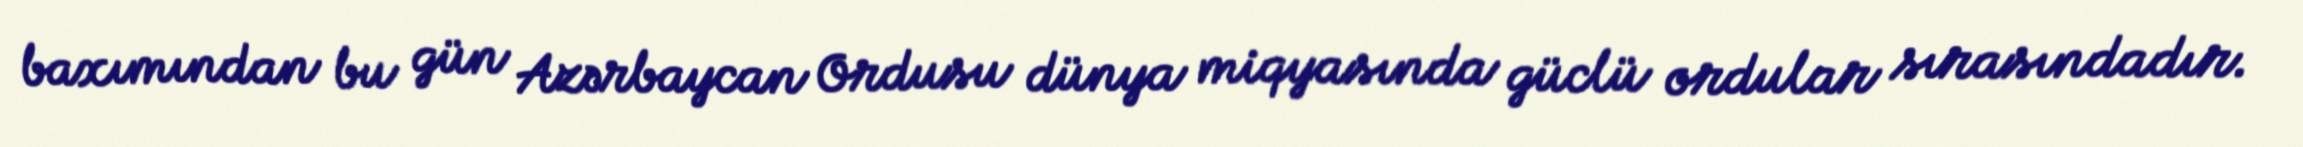
baxımından bu gün Azərbaycan Ordusu dünya miqyasında güclü ordular sırasındadır.